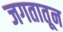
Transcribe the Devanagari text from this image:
जगतातून